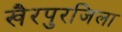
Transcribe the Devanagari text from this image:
खैरपुरजिला